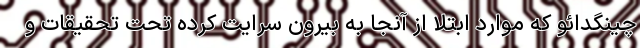
چینگدائو که موارد ابتلا از آنجا به بیرون سرایت کرده تحت تحقیقات و